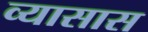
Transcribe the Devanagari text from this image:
व्यासास